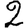
Digit: 2